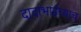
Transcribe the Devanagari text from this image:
दादाभाईंच्याच